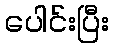
ပေါင်းပြီး